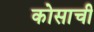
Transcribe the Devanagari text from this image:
कोसाची